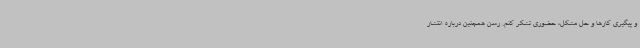
و پیگیری کارها و حل مشکل، حضوری تشکر کنم. رسن همچنین درباره انتشار